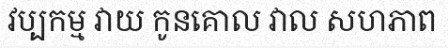
វប្បកម្ម វាយ កូនគោល វាល សហភាព